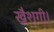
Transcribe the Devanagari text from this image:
खैशगी।